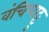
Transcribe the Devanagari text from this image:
वंचिप्पाट्टु